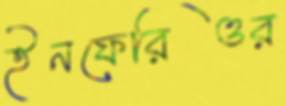
ইনফেরিওর